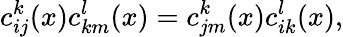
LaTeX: c_{ij}^{k}(x)c_{km}^{l}(x)=c_{jm}^{k}(x)c_{ik}^{l}(x),